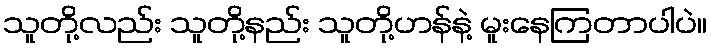
သူတို့လည်း သူတို့နည်း သူတို့ဟန်နဲ့ မူးနေကြတာပါပဲ။